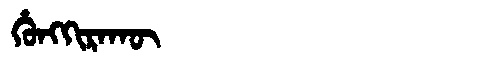
Manchu: ᡥᡠᠩᡴᡳᡵᠠᡴᡡ
Romanization: HUNGKIRAKŪ